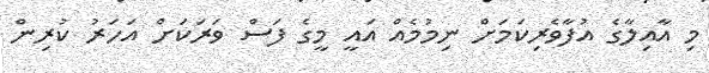
މި އާއިލާގެ އުފާވެރިކަމަށް ނިމުމެއް އައީ މީގެ ފަސް ވަރަކަށް އަހަރު ކުރިން